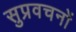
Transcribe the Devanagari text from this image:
सुप्रवचनों